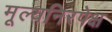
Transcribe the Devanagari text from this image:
मूल्यनिरपेक्ष